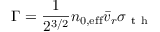
\Gamma = \frac { 1 } { 2 ^ { 3 / 2 } } n _ { 0 , \mathrm { { e f f } } } \bar { v } _ { r } \sigma _ { \mathrm { ~ t ~ h ~ } }